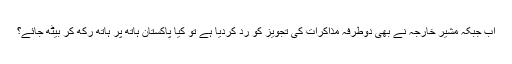
اب جبکہ مشیر خارجہ نے بھی دوطرفہ مذاکرات کی تجویز کو رد کردیا ہے تو کیا پاکستان ہاتھ پر ہاتھ رکھ کر بیٹھ جائے؟